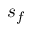
s _ { f }